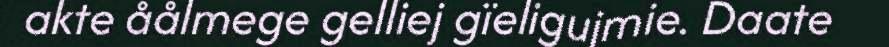
akte åålmege gelliej gïeligujmie. Daate